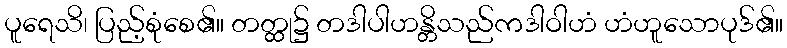
ပူရေသိ၊ ပြည့်စုံစေ၏။ တတ္ထု၌ တဒါပါဟန္တိသည်ကဒါဝါဟံ ဟံဟူသောပုဒ်၏။